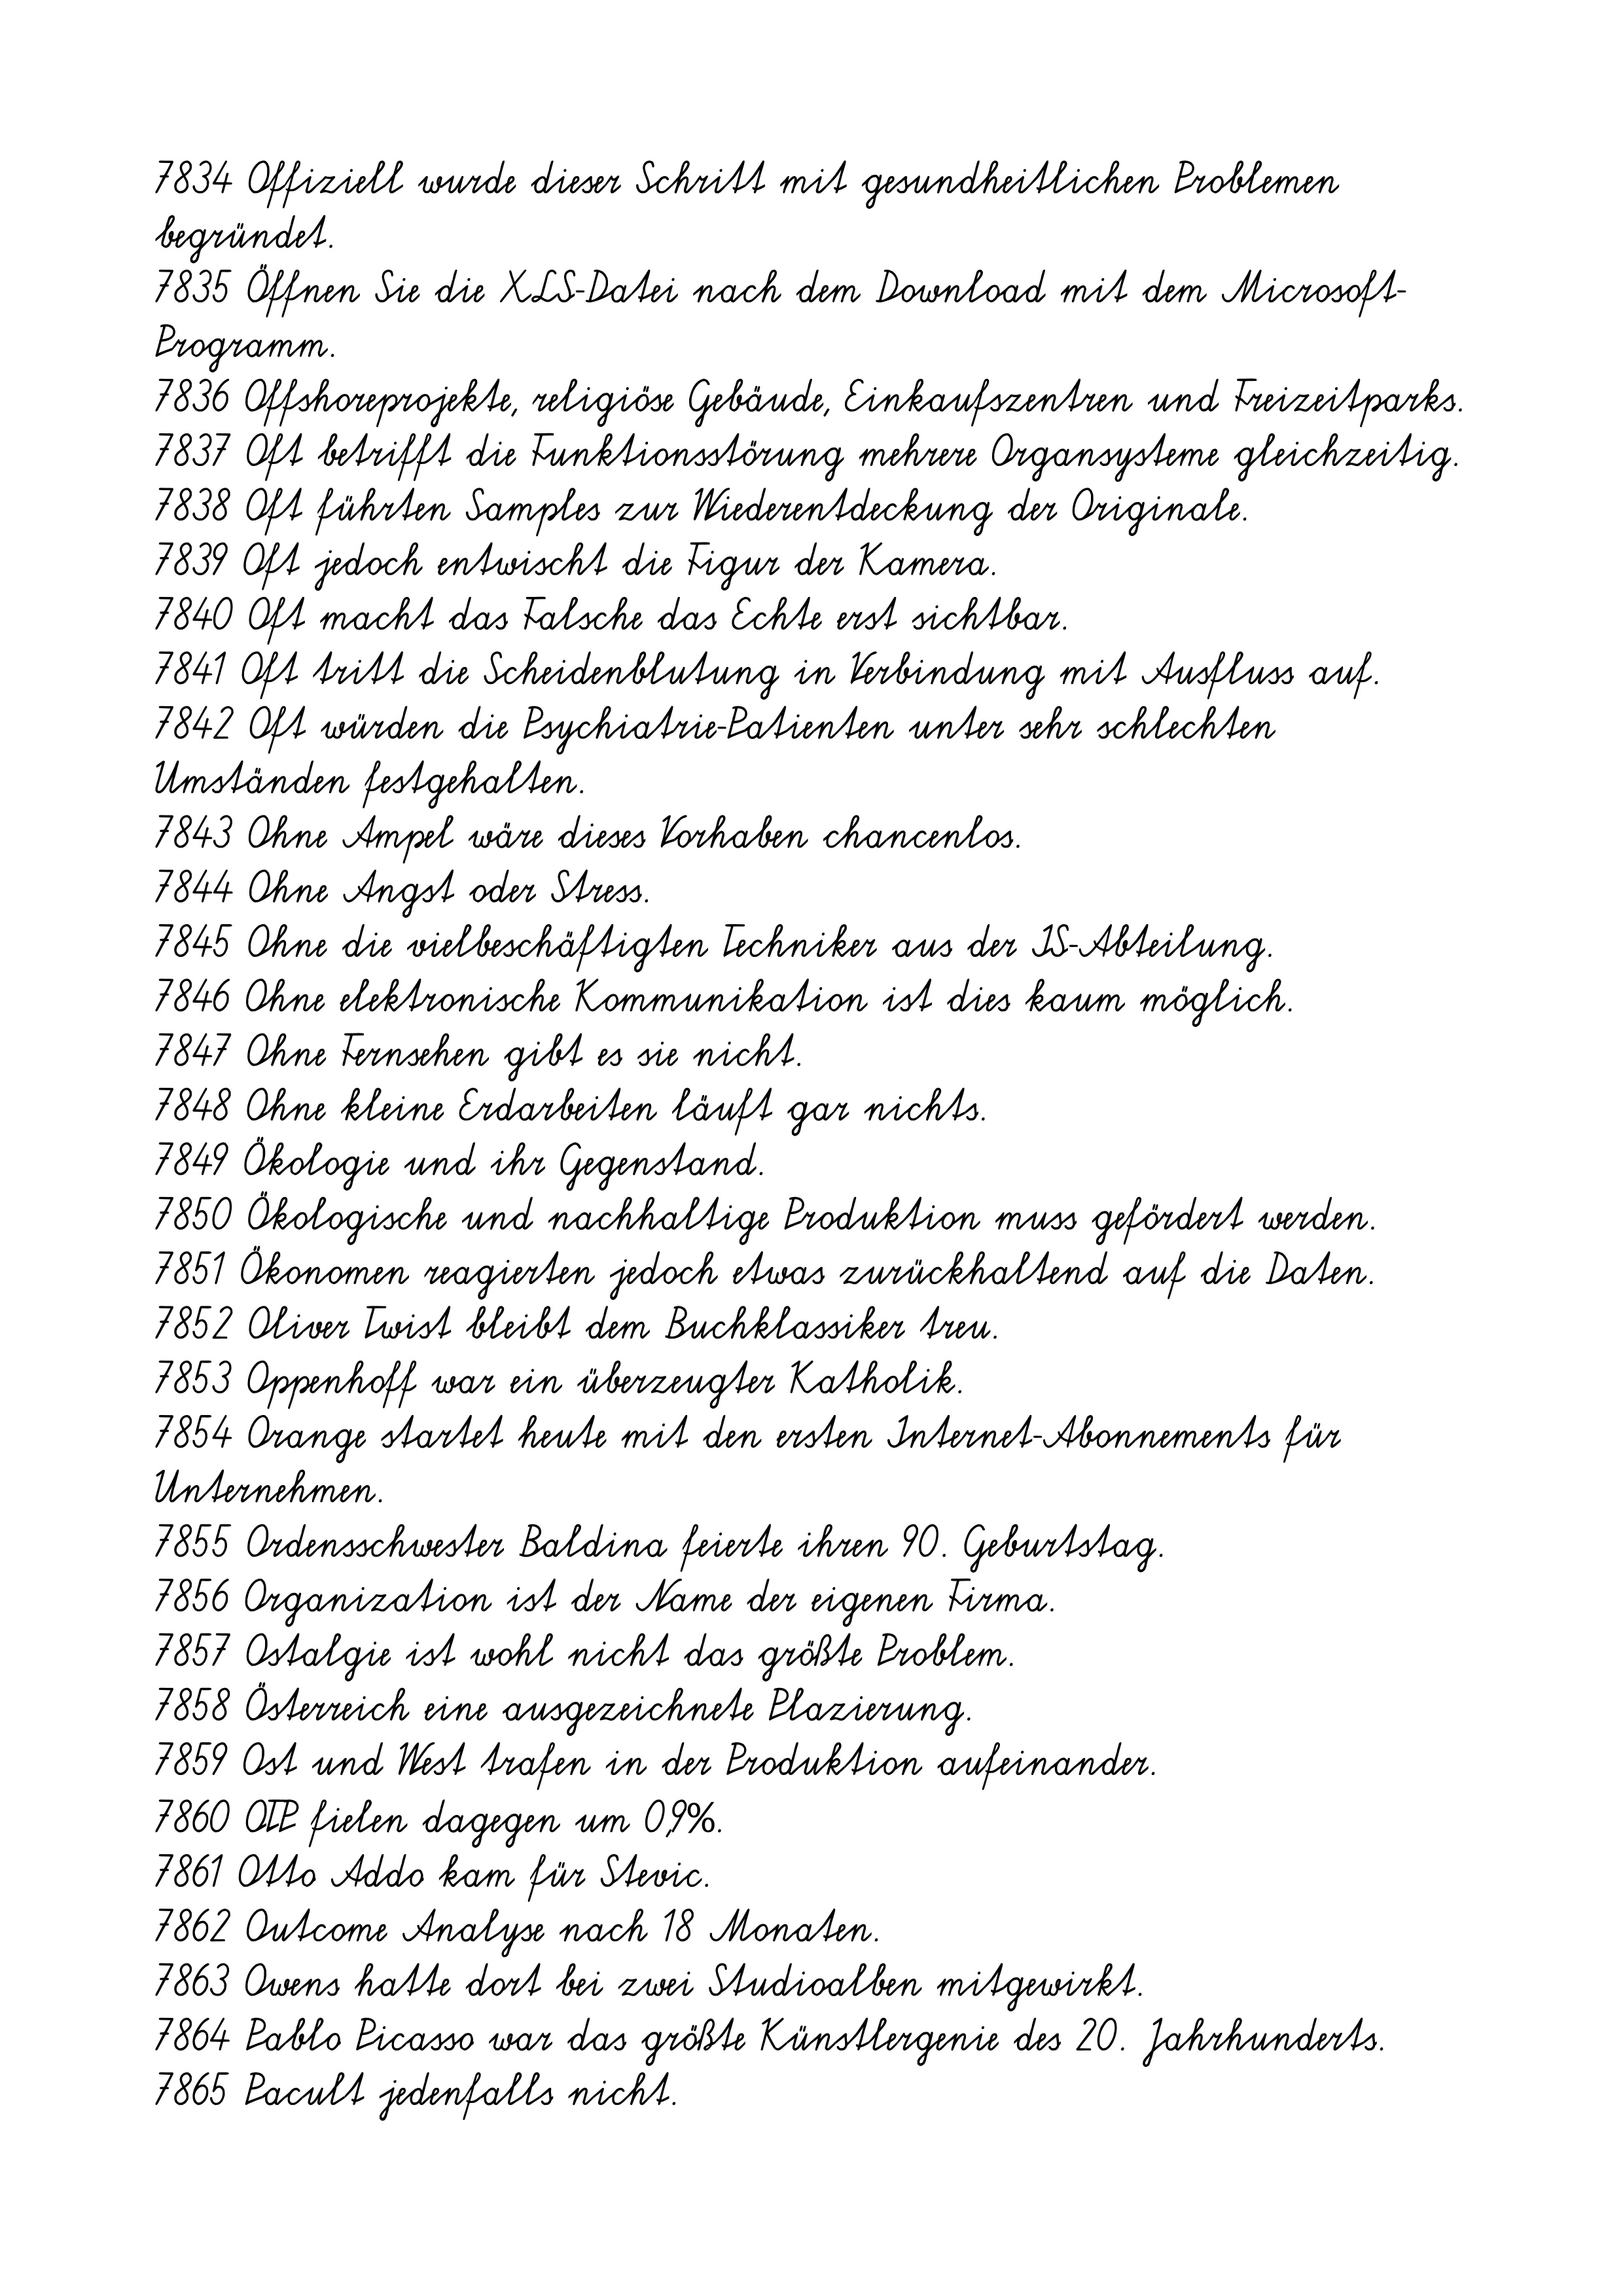
7834 Offiziell wurde dieser Schritt mit gesundheitlichen Problemen
begründet.
7835 Öffnen Sie die XLS-Datei nach dem Download mit dem Microsoft-
Programm.
7836 Offshoreprojekte, religiöse Gebäude, Einkaufszentren und Freizeitparks.
7837 Oft betrifft die Funktionsstörung mehrere Organsysteme gleichzeitig.
7838 Oft führten Samples zur Wiederentdeckung der Originale.
7839 Oft jedoch entwischt die Figur der Kamera.
7840 Oft macht das Falsche das Echte erst sichtbar.
7841 Oft tritt die Scheidenblutung in Verbindung mit Ausfluss auf.
7842 Oft würden die Psychiatrie-Patienten unter sehr schlechten
Umständen festgehalten.
7843 Ohne Ampel wäre dieses Vorhaben chancenlos.
7844 Ohne Angst oder Stress.
7845 Ohne die vielbeschäftigten Techniker aus der IS-Abteilung.
7846 Ohne elektronische Kommunikation ist dies kaum möglich.
7847 Ohne Fernsehen gibt es sie nicht.
7848 Ohne kleine Erdarbeiten läuft gar nichts.
7849 Ökologie und ihr Gegenstand.
7850 Ökologische und nachhaltige Produktion muss gefördert werden.
7851 Ökonomen reagierten jedoch etwas zurückhaltend auf die Daten.
7852 Oliver Twist bleibt dem Buchklassiker treu.
7853 Oppenhoff war ein überzeugter Katholik.
7854 Orange startet heute mit den ersten Internet-Abonnements für
Unternehmen.
7855 Ordensschwester Baldina feierte ihren 90. Geburtstag.
7856 Organization ist der Name der eigenen Firma.
7857 Ostalgie ist wohl nicht das größte Problem.
7858 Österreich eine ausgezeichnete Plazierung.
7859 Ost und West trafen in der Produktion aufeinander.
7860 OTP fielen dagegen um 0,9%.
7861 Otto Addo kam für Stevic.
7862 Outcome Analyse nach 18 Monaten.
7863 Owens hatte dort bei zwei Studioalben mitgewirkt.
7864 Pablo Picasso war das größte Künstlergenie des 20. Jahrhunderts.
7865 Pacult jedenfalls nicht.